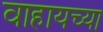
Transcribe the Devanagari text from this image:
वाहायच्या